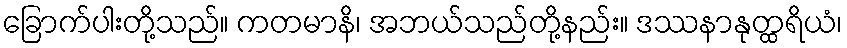
ခြောက်ပါးတို့သည်။ ကတမာနိ၊ အဘယ်သည်တို့နည်း။ ဒဿနာနုတ္ထရိယံ၊